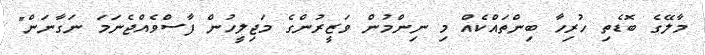
މާލޭގެ ބޮޑެތި ހުރިހާ ބިންތައްކެއް މި ނިންމުން ވަޒީރުންގެ މަޖިލީހުން ފާސްވެއްޖެނަމަ ނަގާނަން"